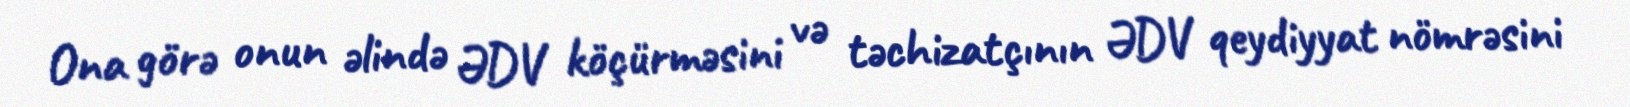
Ona görə onun əlində ƏDV köçürməsini və təchizatçının ƏDV qeydiyyat nömrəsini